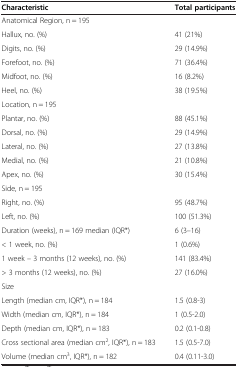
<table><thead><tr><td><b>Characteristic</b></td><td><b>Total participants</b></td></tr></thead><tbody><tr><td>Anatomical Region, n = 195</td><td></td></tr><tr><td>Hallux, no. (%)</td><td>41 (21%)</td></tr><tr><td>Digits, no. (%)</td><td>29 (14.9%)</td></tr><tr><td>Forefoot, no. (%)</td><td>71 (36.4%)</td></tr><tr><td>Midfoot, no. (%)</td><td>16 (8.2%)</td></tr><tr><td>Heel, no. (%)</td><td>38 (19.5%)</td></tr><tr><td>Location, n = 195</td><td></td></tr><tr><td>Plantar, no. (%)</td><td>88 (45.1%)</td></tr><tr><td>Dorsal, no. (%)</td><td>29 (14.9%)</td></tr><tr><td>Lateral, no. (%)</td><td>27 (13.8%)</td></tr><tr><td>Medial, no. (%)</td><td>21 (10.8%)</td></tr><tr><td>Apex, no. (%)</td><td>30 (15.4%)</td></tr><tr><td>Side, n = 195</td><td></td></tr><tr><td>Right, no. (%)</td><td>95 (48.7%)</td></tr><tr><td>Left, no. (%)</td><td>100 (51.3%)</td></tr><tr><td>Duration (weeks), n = 169 median (IQR*)</td><td>6 (3–16)</td></tr><tr><td>&lt; 1 week, no. (%)</td><td>1 (0.6%)</td></tr><tr><td>1 week – 3 months (12 weeks), no. (%)</td><td>141 (83.4%)</td></tr><tr><td>&gt; 3 months (12 weeks), no. (%)</td><td>27 (16.0%)</td></tr><tr><td>Size</td><td></td></tr><tr><td>Length (median cm, IQR*), n = 184</td><td>1.5 (0.8-3)</td></tr><tr><td>Width (median cm, IQR*), n = 184</td><td>1 (0.5-2.0)</td></tr><tr><td>Depth (median cm, IQR*), n = 183</td><td>0.2 (0.1-0.8)</td></tr><tr><td>Cross sectional area (median cm<sup>2</sup>, IQR*), n = 183</td><td>1.5 (0.5-7.0)</td></tr><tr><td>Volume (median cm<sup>3</sup>, IQR*), n = 182</td><td>0.4 (0.11-3.0)</td></tr></tbody></table>